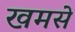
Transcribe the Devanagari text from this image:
खमसे